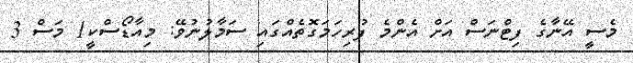
މެސީ އޭނާގެ ފިޓްނަސް އަށް އެންމެ ފުރިހަމަގޮތެއްގައި ސަމާލުނުވޭ: މިއާޑޯސްކީ1 މަސް 3